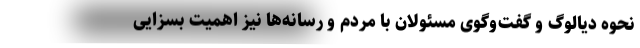
نحوه دیالوگ و گفت‌وگوی مسئولان با مردم و رسانه‌ها نیز اهمیت بسزایی